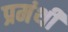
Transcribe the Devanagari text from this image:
प्रमंथी